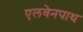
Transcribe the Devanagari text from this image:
एलवेनपाथ